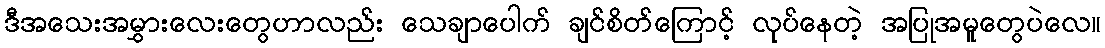
ဒီအသေးအမွှားလေးတွေဟာလည်း သေချာပေါက် ချင်စိတ်ကြောင့် လုပ်နေတဲ့ အပြုအမူတွေပဲလေ။